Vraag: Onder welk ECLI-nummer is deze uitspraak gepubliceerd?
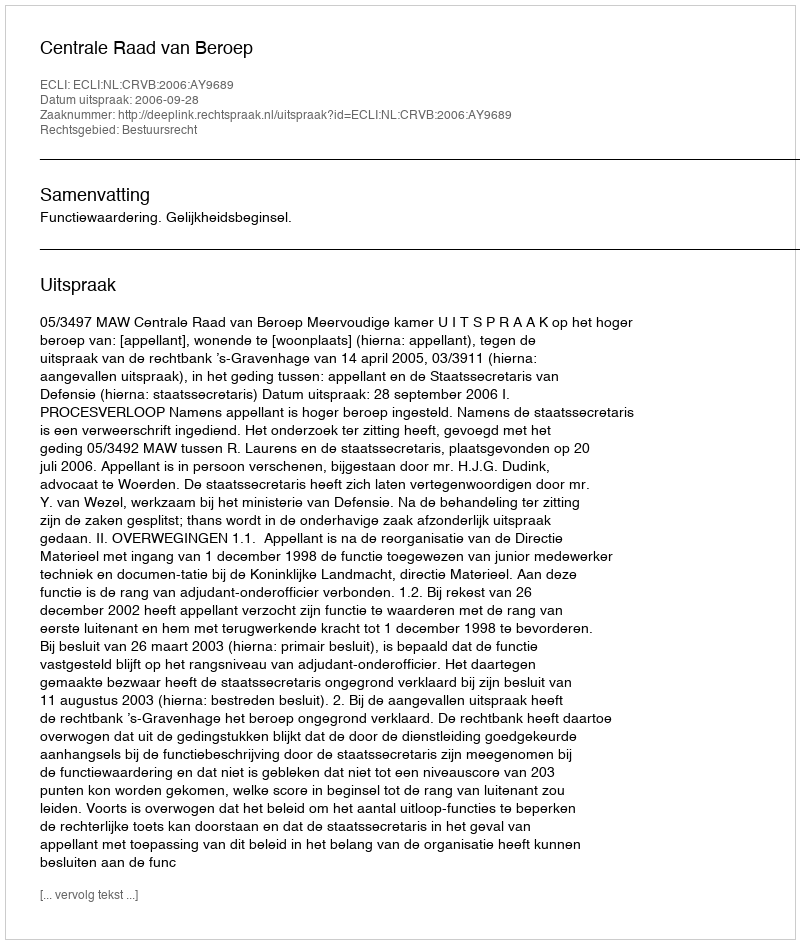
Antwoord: ECLI:NL:CRVB:2006:AY9689